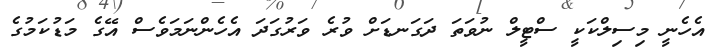
އެހެނީ މިސިލްކަކީ ސްޓީލް ނުވަތަ ދަގަަނޑަށް ވުރެ ވަރުގަދަ އެހެންނަމަވެސް އޭގެ މަޑުކަމުގެ